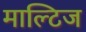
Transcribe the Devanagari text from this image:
माल्टिज